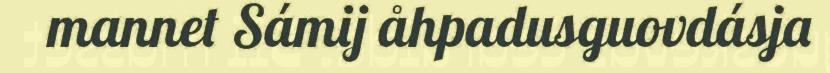
mannet Sámij åhpadusguovdásja